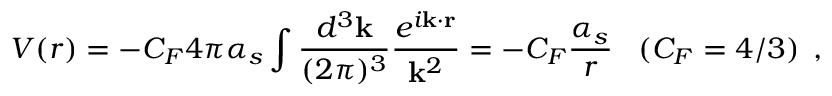
V ( r ) = - C _ { F } 4 \pi \alpha _ { s } \int \frac { d ^ { 3 } { \bf k } } { ( 2 \pi ) ^ { 3 } } \frac { e ^ { i { \bf k } \cdot { \bf r } } } { { \bf k } ^ { 2 } } = - C _ { F } \frac { \alpha _ { s } } { r } \; \; \; ( C _ { F } = 4 / 3 ) \; \, ,